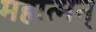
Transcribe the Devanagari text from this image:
महात्मन्‌